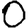
Digit: 0